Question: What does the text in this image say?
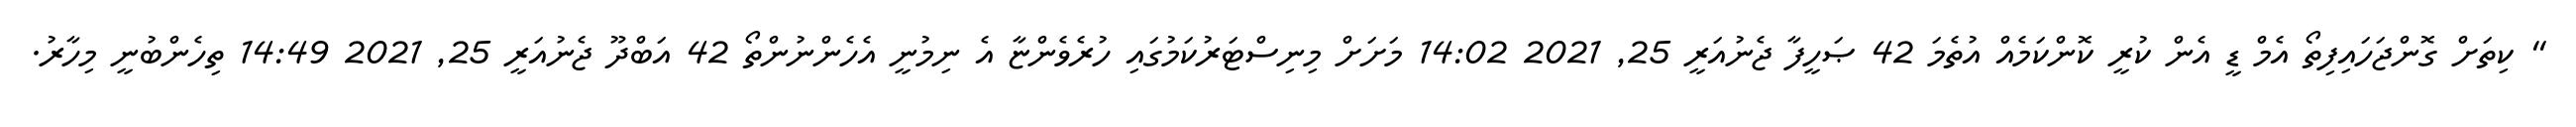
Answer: " ކިތަށް ގޮންޖަހައިފިތޯ އެމް ޑީ އެން ކުރީ ކޮންކަމެއް އުތެމަ 42 ޞަހީފާ ޖެނުއަރީ 25, 2021 14:02 މަށަށް މިނިސްޓަރުކަމުގައި ހުރެވެންޏާ އެ ނިމުނީ އެހެންނުންތޯ 42 އަބްދޫ ޖެނުއަރީ 25, 2021 14:49 ތިހެންބުނީ މިހާރު.